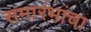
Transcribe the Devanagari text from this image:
समारंभांचा